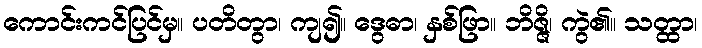
ကောင်းကင်ပြင်မှ။ ပတိတွာ၊ ကျ၍။ ဒွေဓာ၊ နှစ်ဖြာ။ ဘိဇ္ဇိ၊ ကွဲ၏။ သတ္ထာ၊